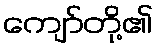
ကျော်တို့၏